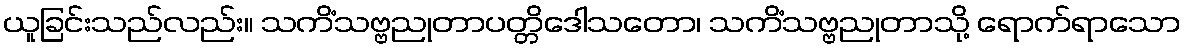
ယူခြင်းသည်လည်း။ သကိံသဗ္ဗညုတာပတ္တိဒေါသတော၊ သကိံသဗ္ဗညုတာသို့ ရောက်ရာသော